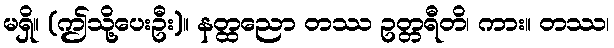
မရှိ။ (ဤသို့ပေးဦး)။ နတ္ထညော တဿ ဥတ္တရီတိ၊ ကား။ တဿ၊